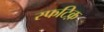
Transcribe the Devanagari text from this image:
स्फटिक़